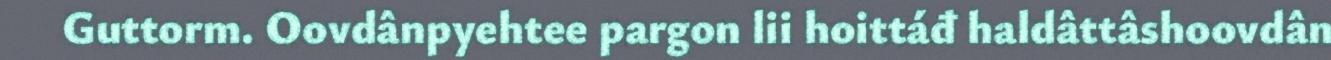
Guttorm. Oovdânpyehtee pargon lii hoittáđ haldâttâshoovdân